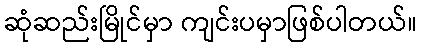
ဆုံဆည်းမြိုင်မှာ ကျင်းပမှာဖြစ်ပါတယ်။